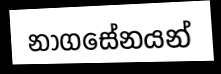
නාගසේනයන්